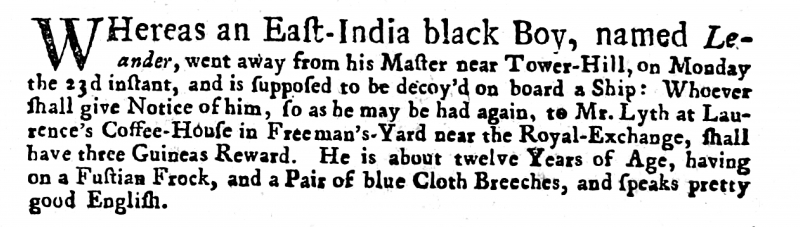
Post Boy (1695), 26 February 1719 (England)
WHereas an East-India black Boy, named Leander, went away from his Master near Tower-Hill, on Monday the 23d instant, and is supposed to be decoy’d on board a Ship: Whoever shall give Notice of him, so as he may be had again, to Mr. Lyth at Laurence’s Coffee-House in Freeman’s-Yard near the Royal-Exchange, shall have three Guineas Reward. He is about twelve Years of Age, having on a Fustian Frock, and a Pair of blue Cloth Breeches, and speaks pretty good English.